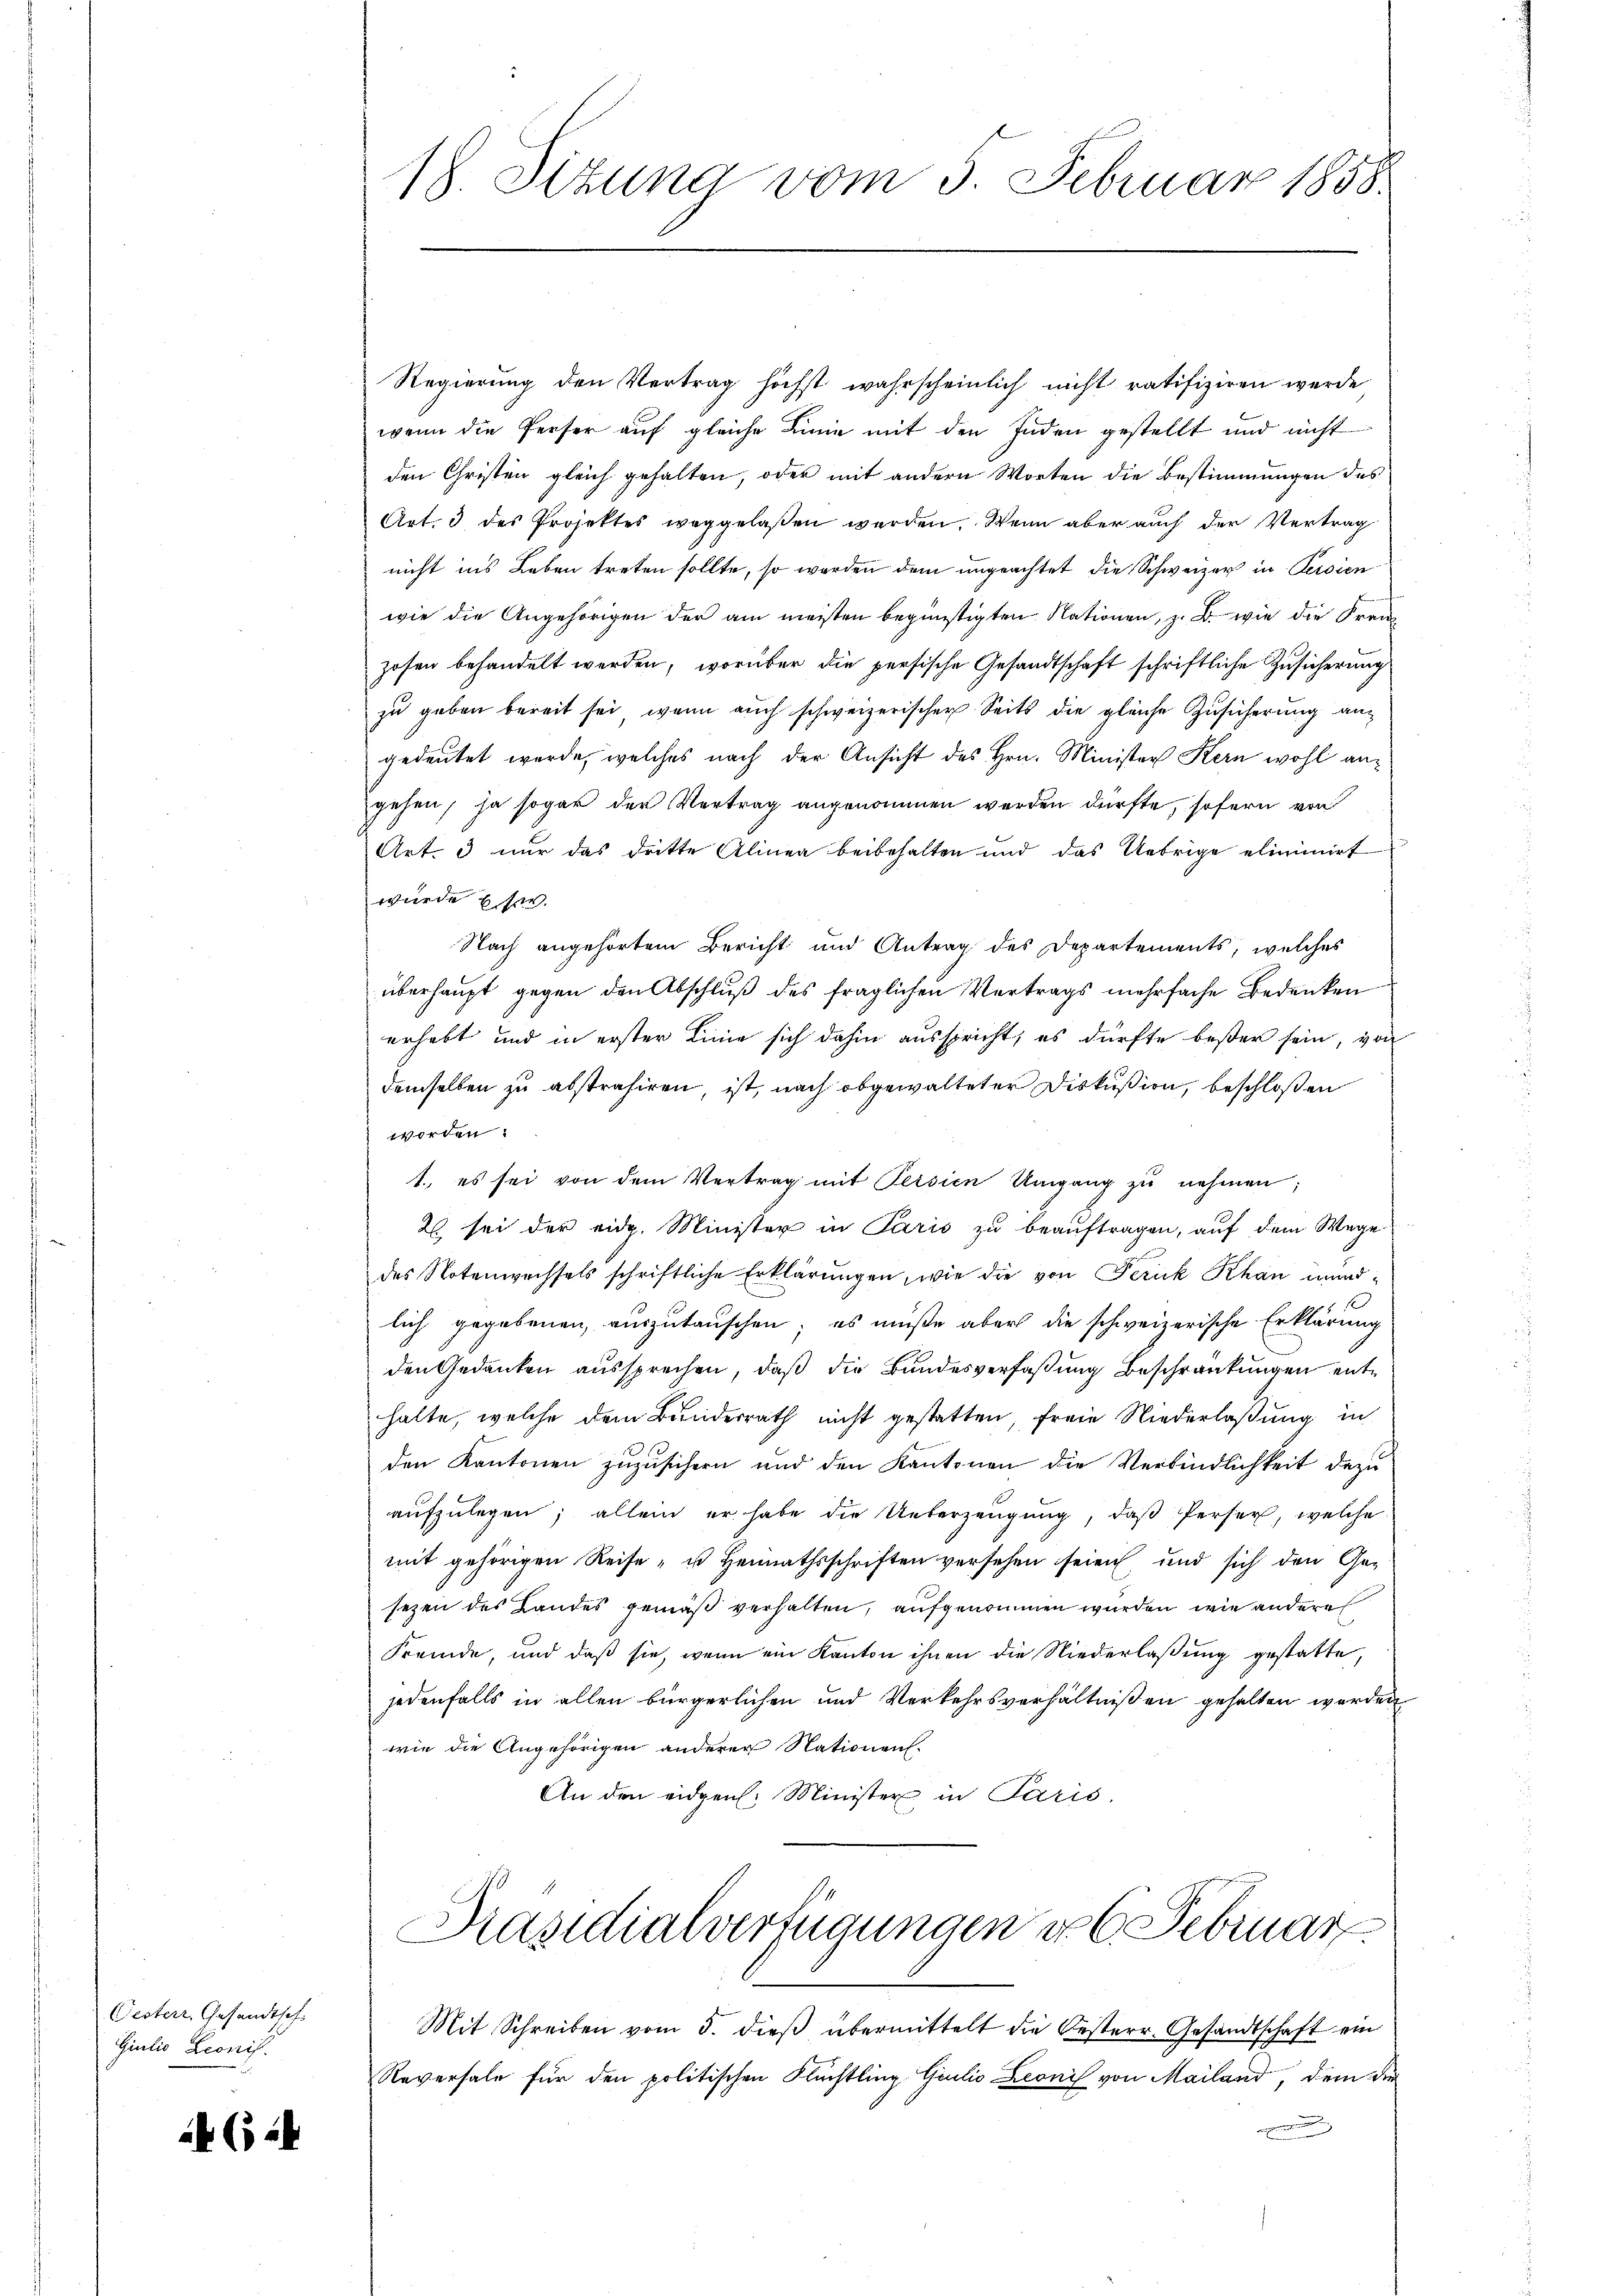
Oester, Gesandtsch.
Giulio Leonis.

652

18. Sitzung vom 3. Februar 1858.

Regierung den Vertrag höchst wahrscheinlich nicht ratifiziren werde
wenn die Perser auf gleiche Linie mit den Inden gestellt und nicht
den Christen gleich gehalten, oder mit andern Worten die Bestimmungen des
Art. 3 des Projektes weggelassen werden. Wenn aber auch der Vertrag
nicht ins Leben treten sollte, so werden dem ungeachtet die Schweizer in Persien
wie die Angehörigen der am meisten begünstigten Nationen, z. B. wie die Franz
zosen behandelt werden, worüber die persische Gesandtschaft schriftliche Zusicherung
zu geben bereit sei, wenn auch schweizerischer Seits die gleiche Zusicherung an
gedeutet werde, welches nach der Ansicht des Hrn. Minister Kern wohl angehen, ja sogar der Vertrag angenommen werden dürfte, sofern von
Art. 3 nur das dritte Alinea beibehalten und das Uebrige eliminirt
wurde
Nach angehörtem Bericht und Antrag des Departements, welches
überhaupt gegen den Abschluß des fraglichen Vertrags mehrfache Bedenken
erhebt und in erster Linie sich dahin ausspricht, es dürfte beßer sein, von
demselben zu abstrafiren, ist, nach abgewalteter Diskußion, beschloßen
worden.
1. es sei von dem Vertrag mit Persien Umgang zŭ nehmen;
2 sei der eidg. Minister in Paris zu beauftragen, auf dem Wege
des Notenwechsels schriftliche Erklärungen, wie die von Frick Khan mundlich gegebenen, auszutauschen; es müße aber die schweizerische Erklärung
den Gedanken aussprechen, daß die Bundesverfaßung Beschränkungen enthalte, welche dem Bunderrath nicht gestatten, freie Niederlaßung in
den Kantonen zuzusichern und den Kantonen die Verbindlichkeit dazu
aŭfzŭlegen; allein er habe die Ueberzeugung, daβ Perser, welche
mit gehörigen Reise- u Heimathsschriften versehen seien und sich den Gesezen des Landes gemäß verhalten, aufgenommen wurden, wie andere
Fremde, und daß sie, wenn ein Kanton ihnen die Niederlaßung gestatte,
jedenfalls in allen bürgerlichen und Verkehrsverhältnißen gehalten werden
wie die Angehörigen anderer Nationen.
An den eidgen. Minister in Paris.

Mit Schreiben vom 5. dieβ übermittelt die Oesterr. Gesandtschaft ein
Reversale für den politischen Flüchtling Giulio Leonis von Mailand, dem die
e

Präsidialverfügungen v. 6. Februar